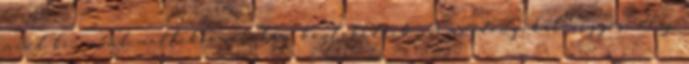
mind fő- mind mellékvonalakon közlekedtek. A mozdonyokat vegyes, olaj